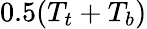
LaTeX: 0.5(T_{t}+T_{b})